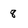
Character: 8